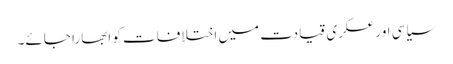
سیاسی اور عسکری قیادت میں اختلافات کو ابھارا جائے۔